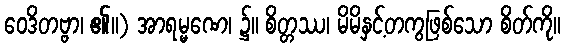
ဝေဒိတဗ္ဗာ၊ ၏။) အာရမ္မဏေ၊ ၌။ စိတ္တဿ၊ မိမိနှင့်တကွဖြစ်သော စိတ်ကို။